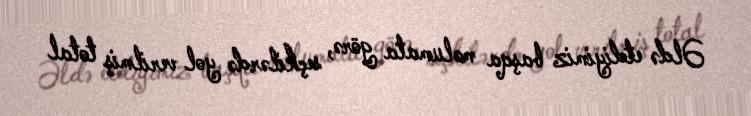
Əldə etdiyimiz başqa məlumata görə, seçkilərdə yol verilmiş total